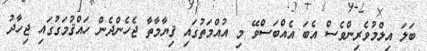
ބަލަ އިލްމުވެރިންވެސް އެބަ އެއްބަސްވޭ މި އުއްމަތުގައި ޤިޔާމާތާ ޖެހެންދެން ހައްޤުމަގުގައި ޖިހާދު